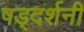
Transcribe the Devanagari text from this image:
षड्दर्शनी